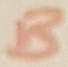
Text: B